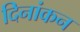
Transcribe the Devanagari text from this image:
दिनांकन